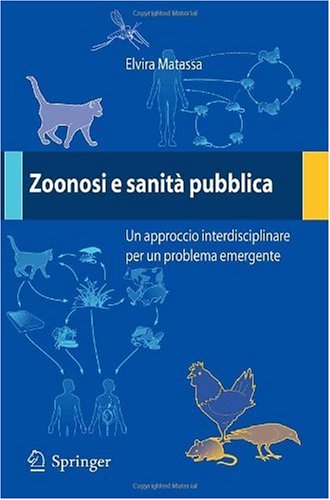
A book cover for Zoonosi e sanitÃ  pubblica: Un approccio interdisciplinare per un problema emergente (Italian Edition); Medical Books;